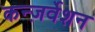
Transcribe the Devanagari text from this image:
कन्ज़र्वेशन